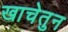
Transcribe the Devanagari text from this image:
खाचेतुन